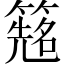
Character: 𬕰